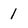
Character: 1